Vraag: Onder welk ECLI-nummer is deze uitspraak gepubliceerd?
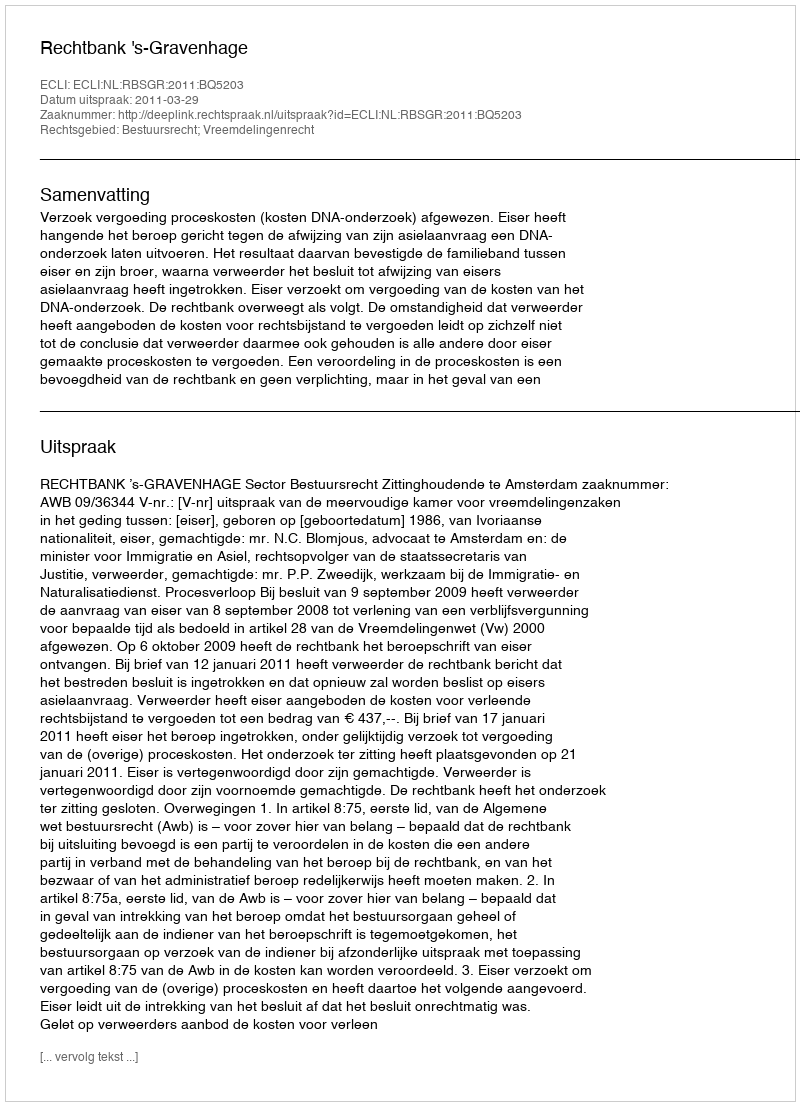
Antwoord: ECLI:NL:RBSGR:2011:BQ5203